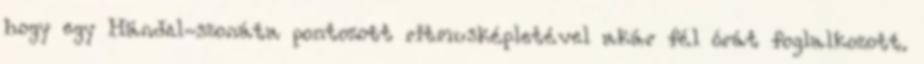
hogy egy Händel-szonáta pontozott ritmusképletével akár fél órát foglalkozott.